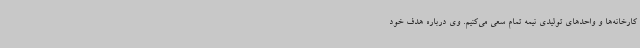
کارخانه‌ها و واحدهای تولیدی نیمه تمام سعی می‌کنیم. وی درباره هدف خود